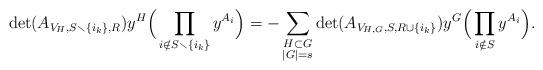
LaTeX: \begin{align*}\det(A_{ V_H, S \smallsetminus \{ i_k \}, {R}}) &y^H \Big(\prod_{i \notin S \smallsetminus \{ i_k \}} y^{A_i}\Big) = -\sum_{ \substack{ H \subset G \\ |G| = s}} \det(A_{ V_{H,G}, S, {R} \cup \{i_k\}}) y^G \Big(\prod_{i \notin S} y^{A_i}\Big).\end{align*}